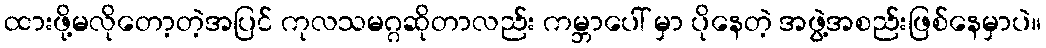
ထားဖို့မလိုတော့တဲ့အပြင် ကုလသမဂ္ဂဆိုတာလည်း ကမ္ဘာပေါ် မှာ ပိုနေတဲ့ အဖွဲ့အစည်းဖြစ်နေမှာပဲ။